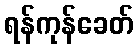
ရန်ကုန်ခေတ်